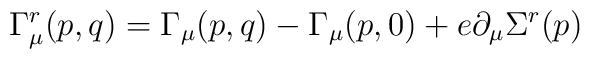
\Gamma^r_{\mu}(p,q)= \Gamma_{\mu}(p,q)- \Gamma_{\mu}(p,0)+e \partial_{\mu} \Sigma^r(p)